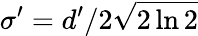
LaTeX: \sigma^{\prime}=d^{\prime}/2\sqrt{2\ln{2}}